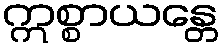
ဣစ္စာယန္တေ